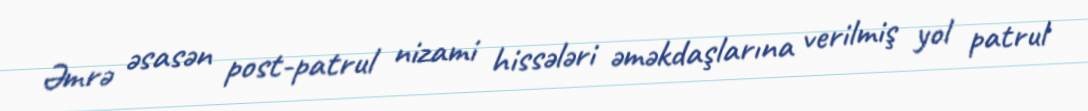
Əmrə əsasən post-patrul nizami hissələri əməkdaşlarına verilmiş yol patrul